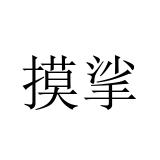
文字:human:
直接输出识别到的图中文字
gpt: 摸挲